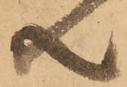
共